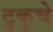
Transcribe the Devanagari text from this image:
टुकुचे